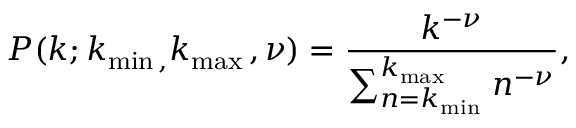
P ( k ; k _ { \operatorname* { m i n } { } , } k _ { \operatorname* { m a x } { } } , \nu ) = \frac { k ^ { - \nu } } { \sum _ { n = k _ { \operatorname* { m i n } { } } } ^ { k _ { \operatorname* { m a x } { } } } n ^ { - \nu } } ,